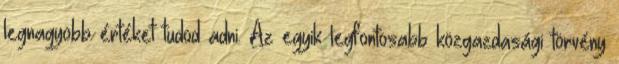
legnagyobb értéket tudod adni. Az egyik legfontosabb közgazdasági törvény